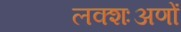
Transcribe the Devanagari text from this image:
लक्शःअणों